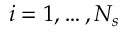
i = 1 , \ldots , N _ { s }